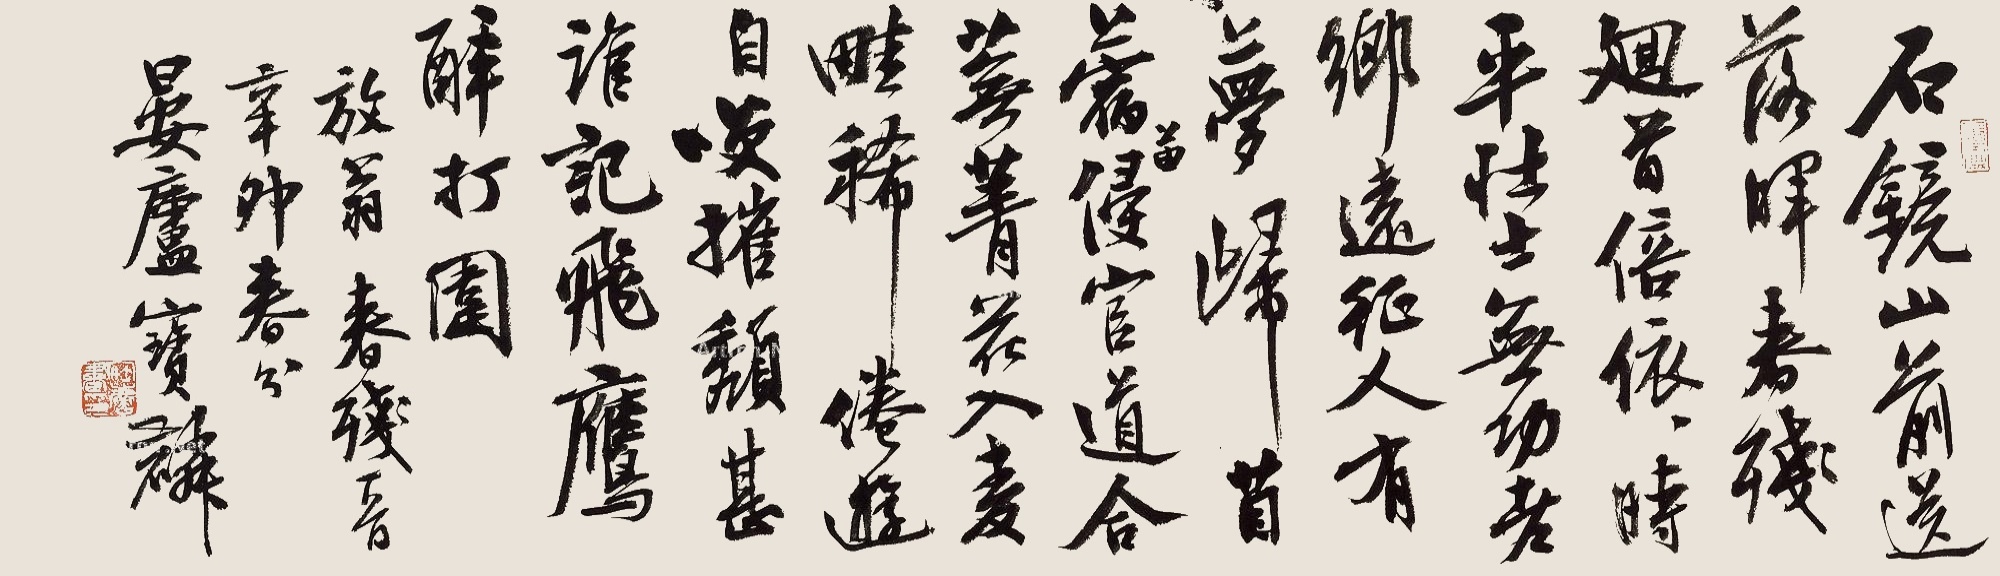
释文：石镜山前送落晖，春残回首倍依依。时平壮士无功老，乡远征人有梦归。苜蓿苗侵官道合，芜菁花入麦畦稀。倦游自笑摧颓甚，谁记飞鹰醉打围？放翁《春残一首。辛卯春分，晏庐宝麟。